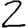
Digit: 2